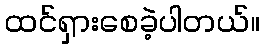
ထင်ရှားစေခဲ့ပါတယ်။